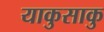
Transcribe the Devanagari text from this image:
याकुसाकु